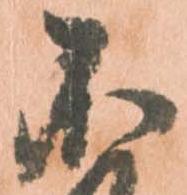
不